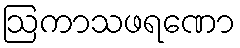
ဩကာသဖရဏော